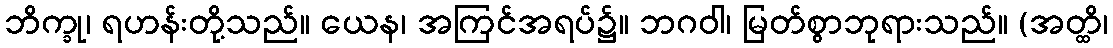
ဘိက္ခု၊ ရဟန်းတို့သည်။ ယေန၊ အကြင်အရပ်၌။ ဘဂဝါ၊ မြတ်စွာဘုရားသည်။ (အတ္ထိ၊